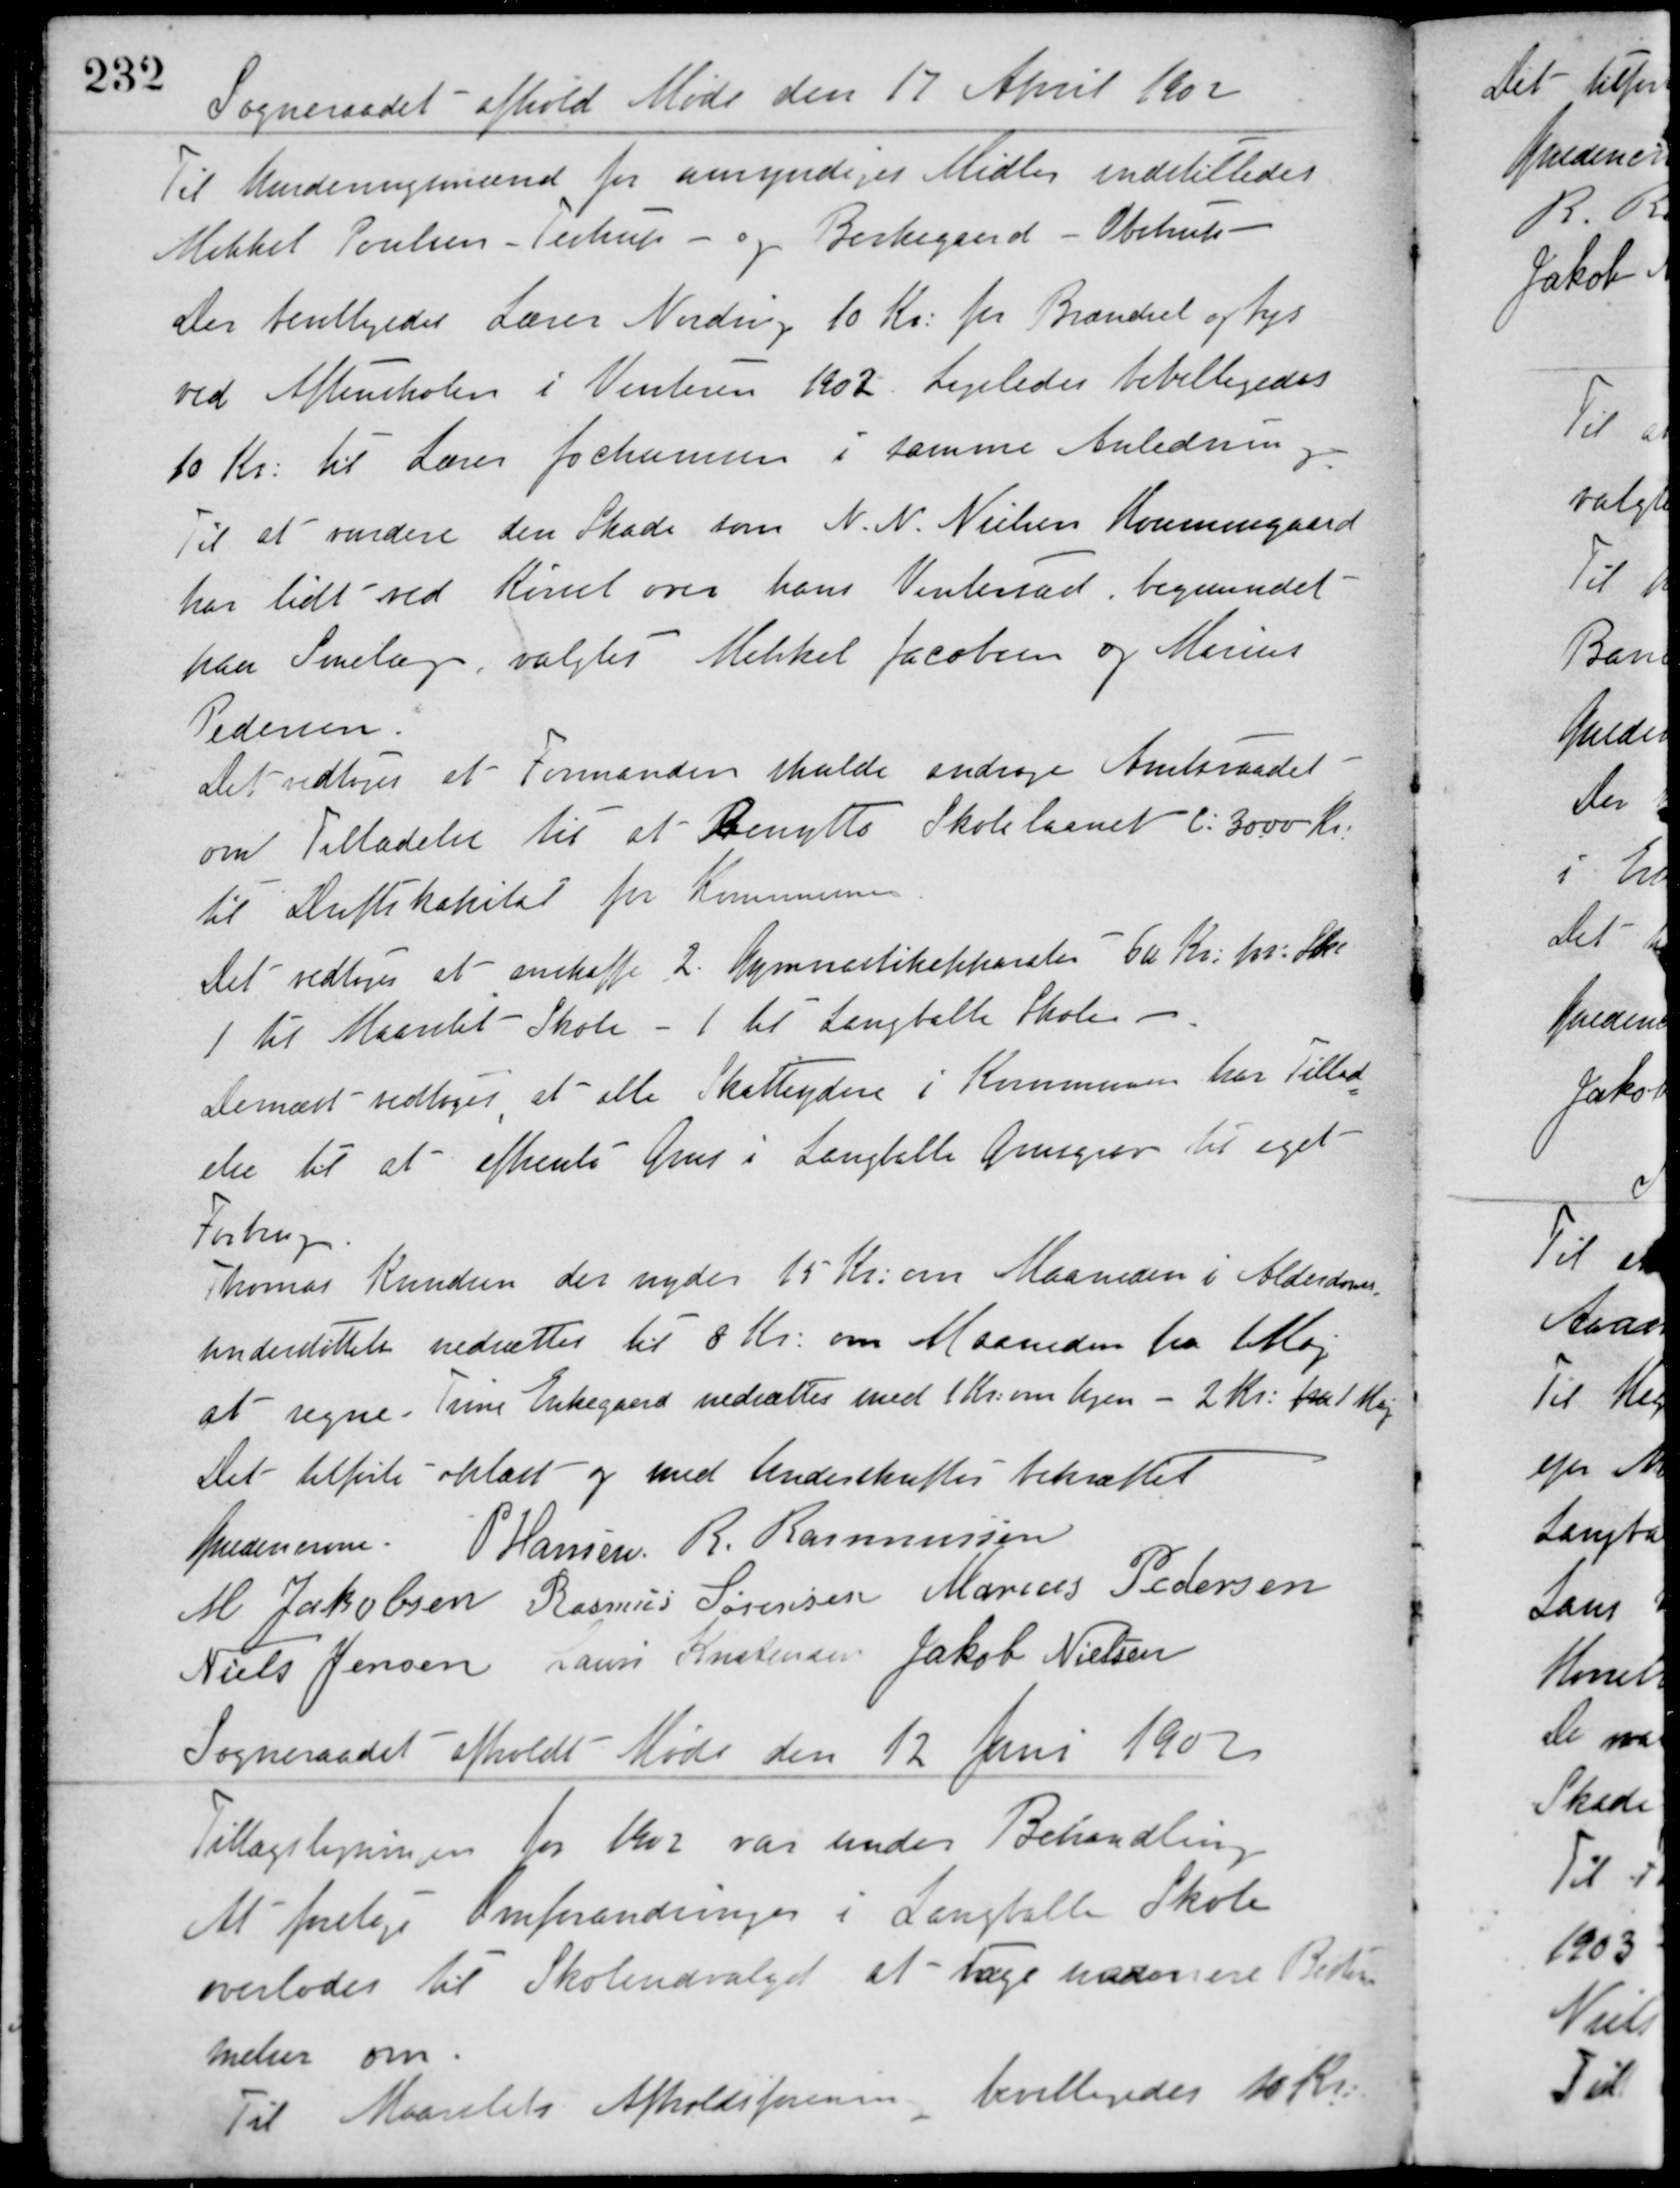
Transskription:
Sogneraadet afhold Møde den 17 April 1902
Til Vurderingsmænd for umyndiges Midler indstilledes
Mikkel Poulsen Testrup og Birkegaard Obstrup.
Der bevilligedes Lærer Nordvig 10 Kr. for Brændsel og Lys
ved Aftenskolen i Vinteren 1902. Ligeledes bevilligedes
10 Kr. til Lærer Jochumsen i samme Anledning.
Til at vurdere den Skade som N. N. Nielsen Houmengaard
har lidt ved Kørsel over hans Ventersæd, begrundet
paa Snelag, valgtes Mikkel Jacobsen og Marius
Pedersen.
Det vedtoges at Formanden skulde andrage Amtsraadet
om Tilladelse til at Benytte Skolelaanet c: 3000 Kr.
til Driftskapital for Kommunen.
Det vedtoges at anskaffe 2 Gymnastikapparater 60 Kr. pr: Skole
1 til Maarslet Skole - 1 til Langballe Skole.
Dernæst vedtoges at alle Skatteydere i Kommunen har tillad-
else til at afhente Grus i Langballe Grusgrav til eget
Forbrug.
Thomas Knudsen der nyder 15 Kr. om Maaneden i Alderdoms-
understøttelse nedsættes til 8 Kr. om Maaneden fra Maj
at regne. Trine Enkegaard nedsættes med 1 Kr. om Ugen - 2 Kr. fra 1 Maj
Det tilførte oplæst og med Underskrifter bekræftet
Guldencrone P. Hansen R. Rasmussen
M. Jakobsen Rasmus Sørensen Marius Pedersen
Niels Jensen Laurs Kristensen Jakob Nielsen
Sogneraadet afholdt Møde den 12 Juni 1902
Tillægsligningen for 1902 var under Behandling.
At foretage Omforandringer i Langballe Skole
overlodes til Skoleudvalget at tage nærmere Bestem-
melser om.
Til Maarslet Afholdsforening, bevilligedes 10 Kr.